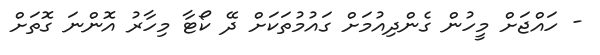
- ހައްޖަށް މީހުން ގެންދިއުމަށް ގައުމުތަކަށް ދޭ ކޯޓާ މިހާރު އޮންނަ ގޮތަށް